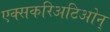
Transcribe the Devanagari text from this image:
एक्सकरिअटिओन्